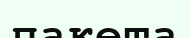
пакета